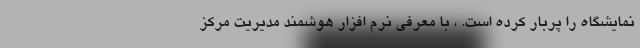
نمایشگاه را پربار کرده است. ، با معرفی نرم افزار هوشمند مدیریت مرکز